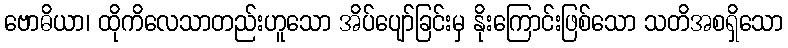
ဗောဓိယာ၊ ထိုကိလေသာတည်းဟူသော အိပ်ပျော်ခြင်းမှ နိုးကြောင်းဖြစ်သော သတိအစရှိသော